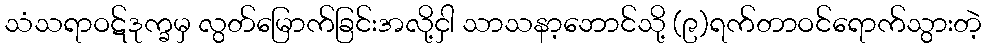
သံသရာဝဋ်ဒုက္ခမှ လွတ်မြောက်ခြင်းအလို့ငှါ သာသနာ့ဘောင်သို့ (၉)ရက်တာဝင်ရောက်သွားတဲ့